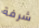
شرفة